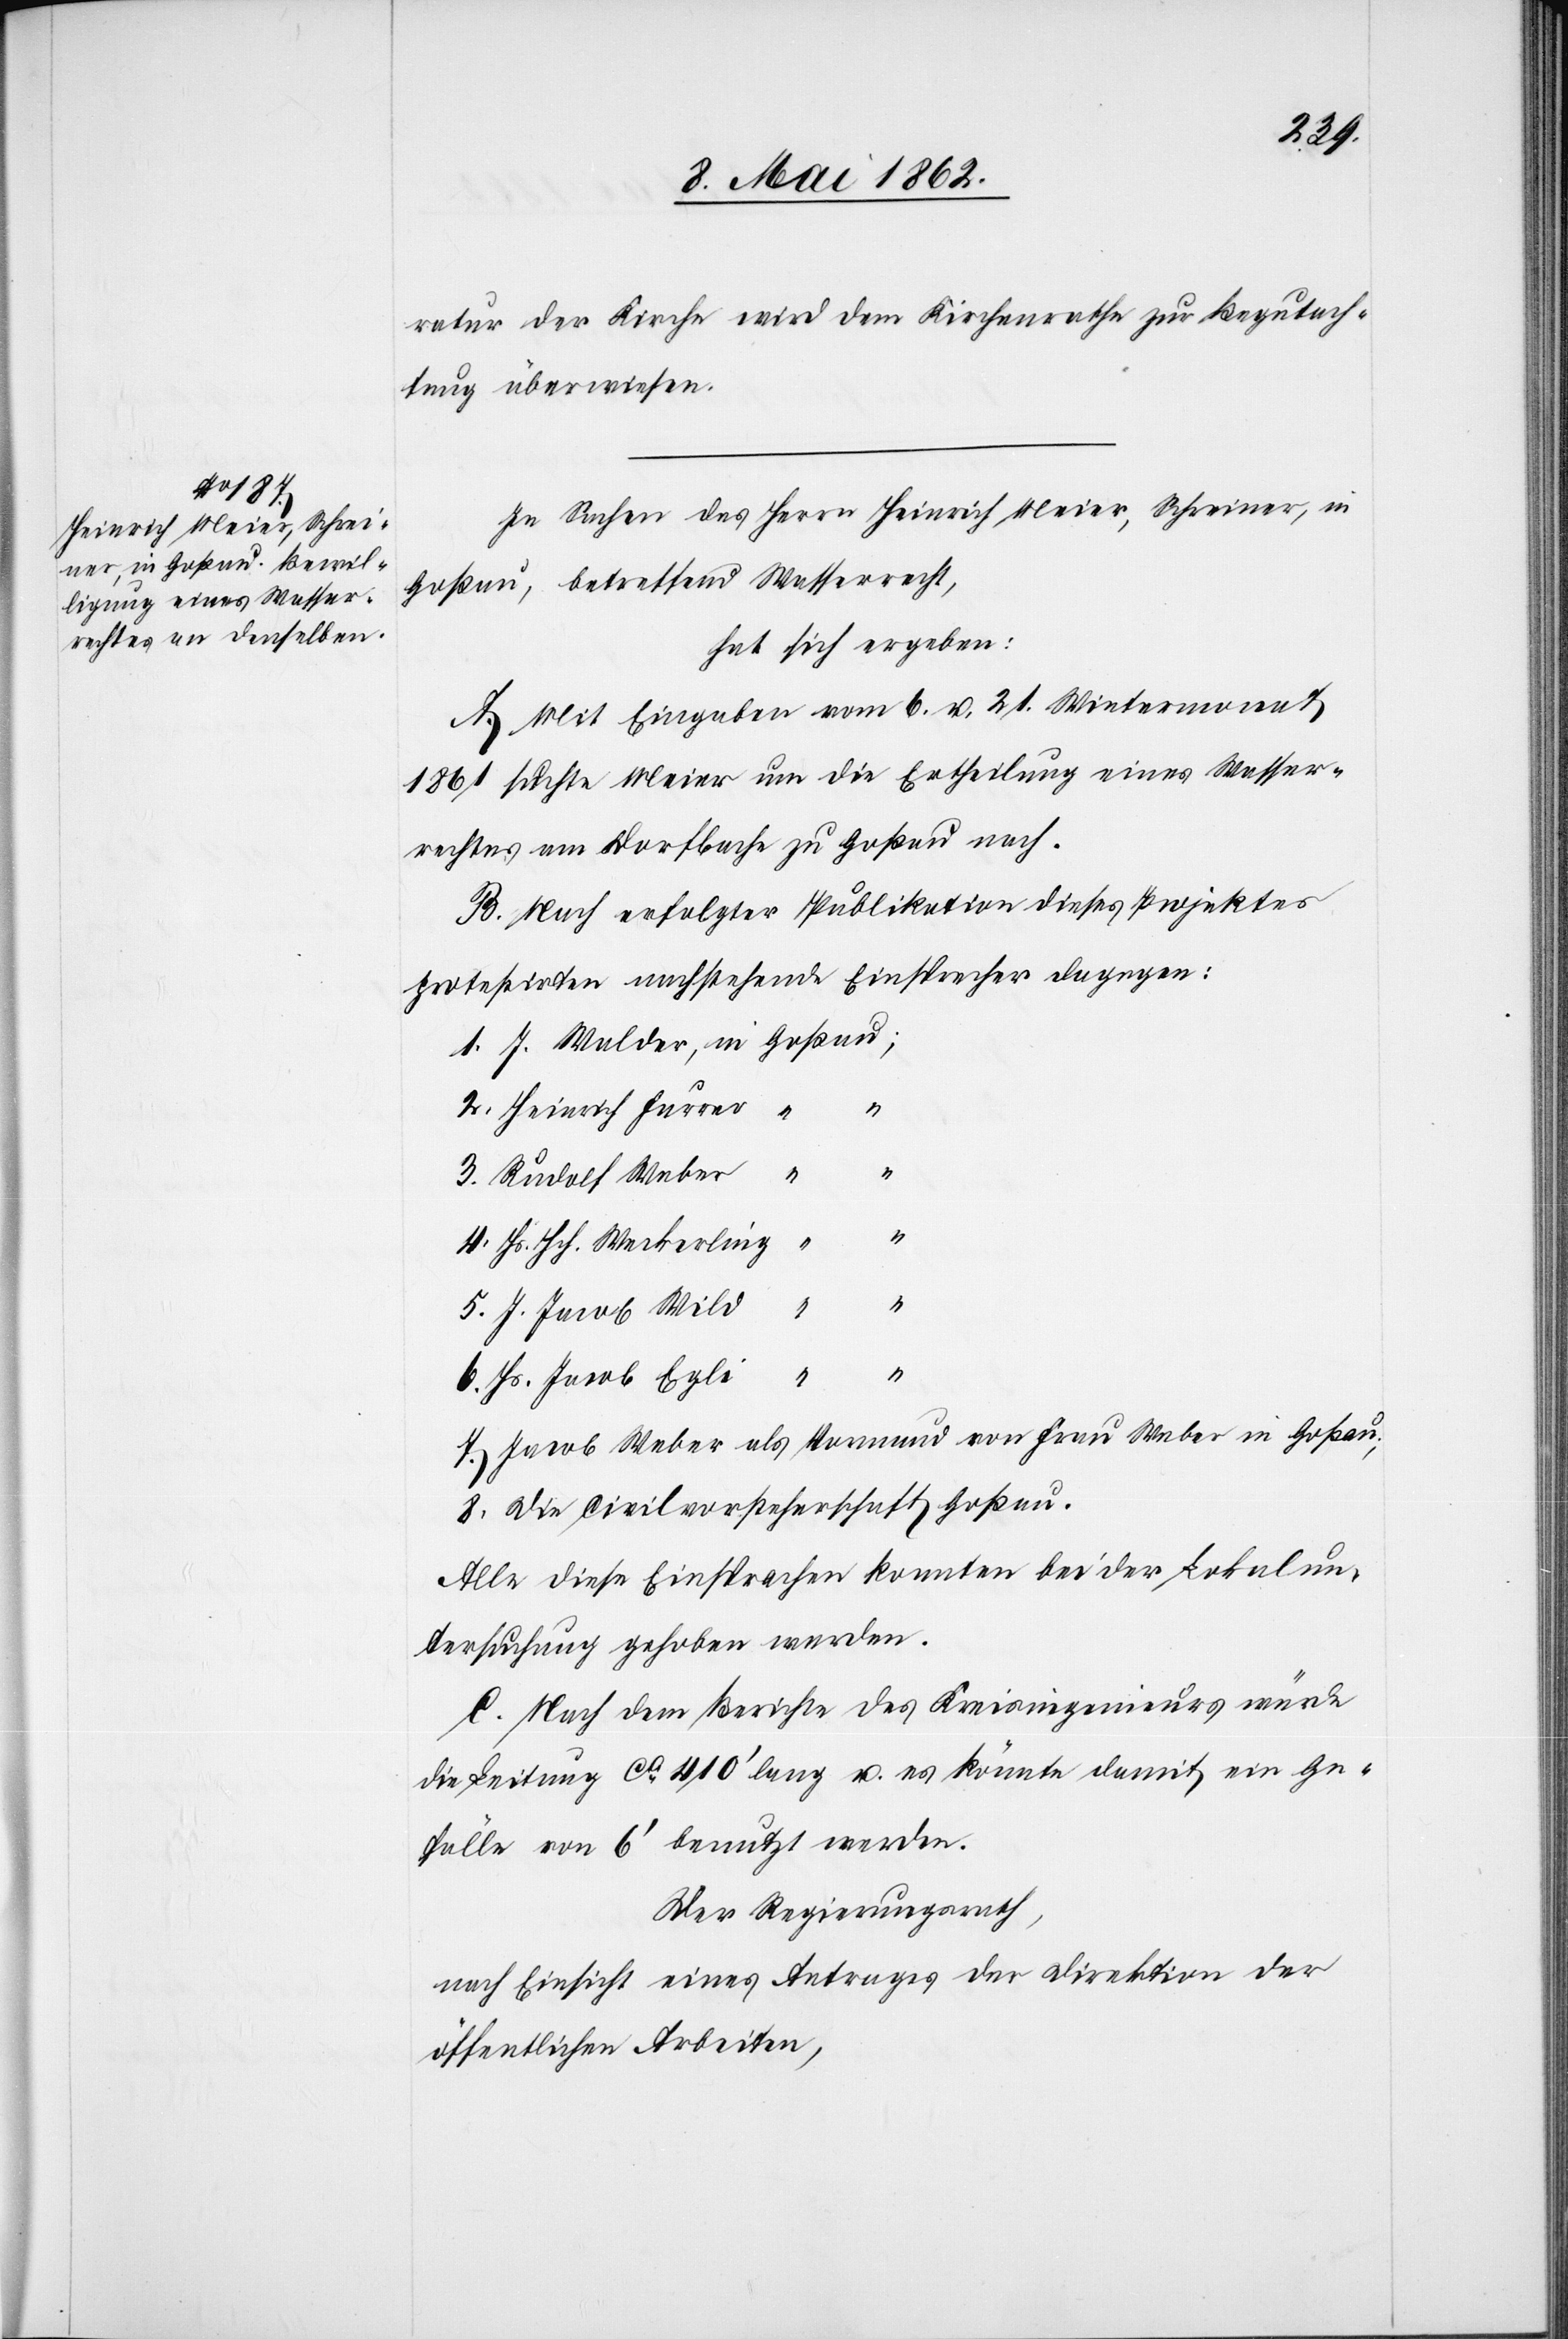
Goßau;

2.
ratur der Kirche wird dem Kirchenrathe zur Begutach¬
tung überwiesen.
In Sachen des Herrn Heinrich Meier, Schreiner, in
Goßau, betreffend Wasserrecht,
hat sich ergeben:
A. Mit Eingaben vom 6. u. 21. Wintermonat
1861 suchte Meier um die Ertheilung eines Wasser¬
rechtes am Dorfbache zu Goßau nach.
B. Nach erfolgter Publikation dieses Projektes
protestirten nachstehende Einsprecher dagegen:
Heinrich Furrer
3.
“
Hs. Hch. Weckerling
5.
J. Jacob Wild
6.
Hs. Jacob Egli
Jacob Weber als Vormund von Frau Weber in Goßau
Die Civilvorsteherschaft Goßau.
Alle diese Einsprachen konnten bei der Lokalun¬
tersuchung gehoben werden.
C. Nach dem Berichte des Kreisingenieurs würde
die Leitung ca. 410’ lang u. es könnte damit ein Ge¬
fälle von 6’ benutzt werden.
Der Regierungsrath,
nach Einsicht eines Antrages der Direktion der
öffentlichen Arbeiten,